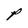
Character: P